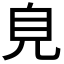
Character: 𧠆